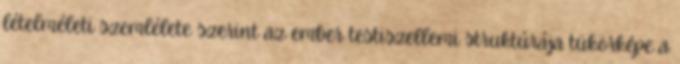
lételméleti szemlélete szerint az ember testiszellemi struktúrája tükörképe a